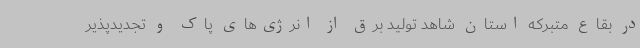
در بقاع متبرکه استان شاهد تولید برق از انرژی‌های پاک و تجدیدپذیر